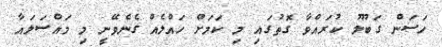
ހަސަން ގަބޫލު ކުރައްވާ ގޮތުގައި މި ކަމަށް ހައްލެއް ގެނެވޭނީ މި މައްސަލައާ